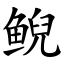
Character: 鲵